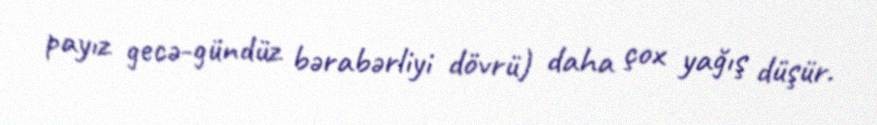
payız gecə-gündüz bərabərliyi dövrü) daha çox yağış düşür.